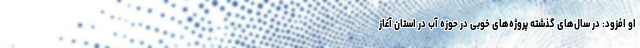
او افزود: در سال‌های گذشته پروژه‌های خوبی در حوزه آب در استان آغاز